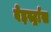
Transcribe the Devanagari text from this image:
वेइर्स्ट्रास